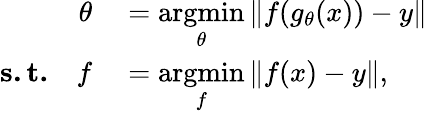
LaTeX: \begin{array}{rl}{\theta}&{{}=\underset{\theta}{\operatorname{argmin}}\| f(g_{\theta}(x))-y\| }\\ {\mathbf{s.t.}\quad f}&{{}=\underset{f}{\operatorname{argmin}}\| f(x)-y\| ,}\end{array}